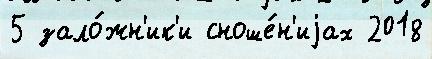
5 зало́жн'ик'и сноше́н'иjах 2018